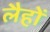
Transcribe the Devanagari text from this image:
लैहों